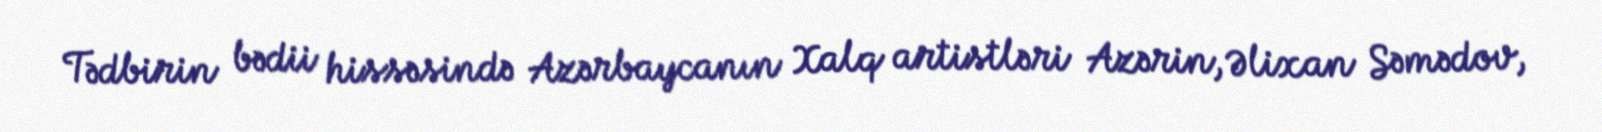
Tədbirin bədii hissəsində Azərbaycanın Xalq artistləri Azərin, Əlixan Səmədov,